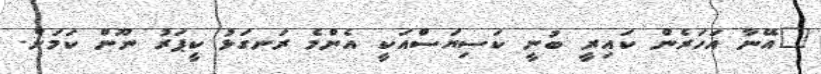
"އޭނާ އަހަރެން ކައިރީ ބުނީ ކަސިޔަސްއަކީ އެންމެ ރަނގަޅު ކީޕަރު ނޫން ކަމަށް.